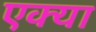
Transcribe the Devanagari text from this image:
एक्या